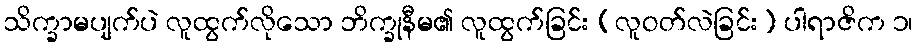
သိက္ခာမပျက်ပဲ လူထွက်လိုသော ဘိက္ခုနီမ၏ လူထွက်ခြင်း (လူဝတ်လဲခြင်း) ပါရာဇိက ၁၊